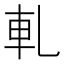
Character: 軋